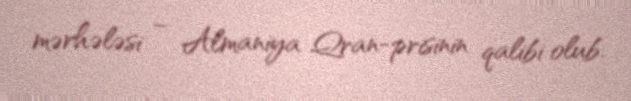
mərhələsi – Almaniya Qran-prisinin qalibi olub.